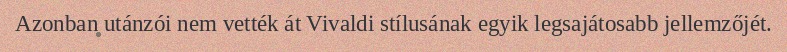
Azonban utánzói nem vették át Vivaldi stílusának egyik legsajátosabb jellemzőjét.